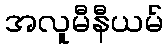
အလူမီနီယမ်